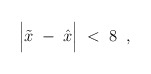
\begin{align*}\Big| \tilde{x} \; - \; \hat{x} \Big| \; < \; 8 \; \; ,\end{align*}